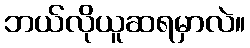
ဘယ်လိုယူဆရမှာလဲ။